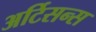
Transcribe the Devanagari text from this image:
अर्टिसन्स